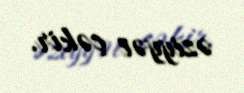
əziyyət çəkir.